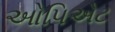
ઓપિએટ